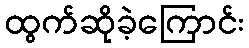
ထွက်ဆိုခဲ့ကြောင်း